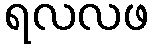
ရလလဖ